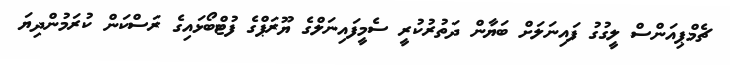
ޗެމްޕިއަންސް ލީގުގު ފައިނަލަށް ބަޔާން ދަތުރުކުރީ ސެމީފައިނަލްގެ ޔޫރަޕްގެ ފުޓްބޯޅައިގެ ރަސްކަން ކުރަމުންދިޔަ